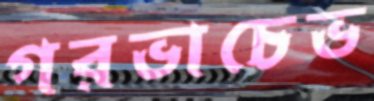
গরভাচেভ